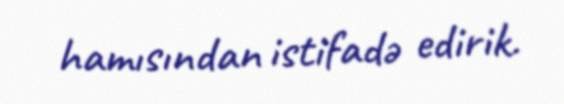
hamısından istifadə edirik.